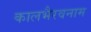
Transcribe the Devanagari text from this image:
कालभैरवनाम